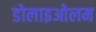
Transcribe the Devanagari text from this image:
डोलाइओलम